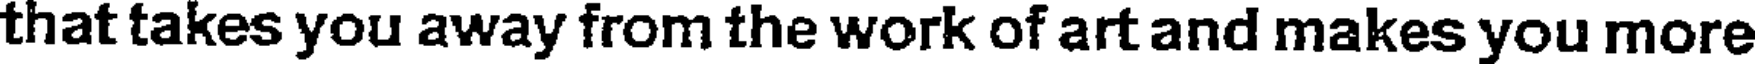
that takes you away from the work of art and makes you more